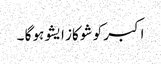
اکبر کو شو کاز ایشو ہو گا ۔